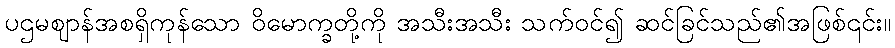
ပဌမဈာန်အစရှိကုန်သော ဝိမောက္ခတို့ကို အသီးအသီး သက်ဝင်၍ ဆင်ခြင်သည်၏အဖြစ်၎င်း။